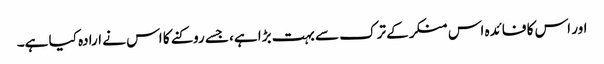
اور اس کا فائدہ اس منکر کے ترک سے بہت بڑا ہے، جسے روکنے کا اس نے ارادہ کیا ہے۔